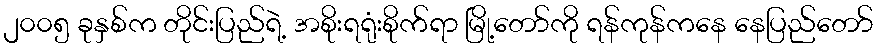
၂၀၀၅ ခုနှစ်က တိုင်းပြည်ရဲ့ အစိုးရရုံးစိုက်ရာ မြို့တော်ကို ရန်ကုန်ကနေ နေပြည်တော်